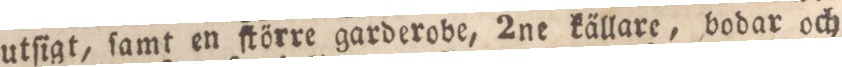
utſigt, ſamt en ſtörre garderobe, 2ne ka̋llare, bodar och